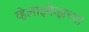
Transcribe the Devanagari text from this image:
व्हेलाझ्केझच्या